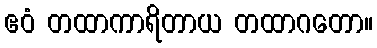
ဧဝံ တထာကာရိတာယ တထာဂတော။